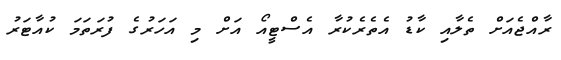
ރާއްޖެއަށް ތެލާއި ކާޑު އެތެރެކުރާ އެސްޓީއޯ އަށް މި އަހަރުގެ ފުރަތަމަ ކުއާޓަރު